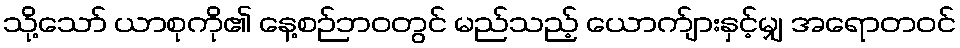
သို့သော် ယာစုကို၏ နေ့စဉ်ဘဝတွင် မည်သည့် ယောက်ျားနှင့်မျှ အရောတဝင်